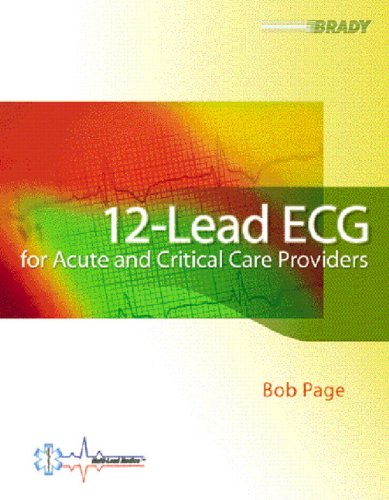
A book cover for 12-Lead ECG for Acute and Critical Care Providers; Bob Page; Medical Books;